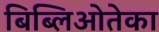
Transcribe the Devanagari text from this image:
बिब्लिओतेका